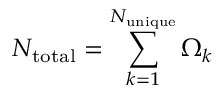
N _ { \mathrm { t o t a l } } = \sum _ { k = 1 } ^ { N _ { \mathrm { u n i q u e } } } \Omega _ { k }